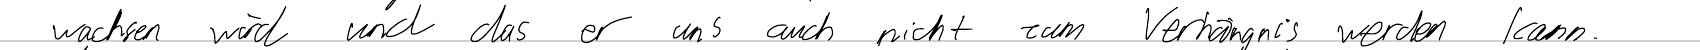
wachsen wird und das er uns auch nicht zum Verhängnis werden kann.